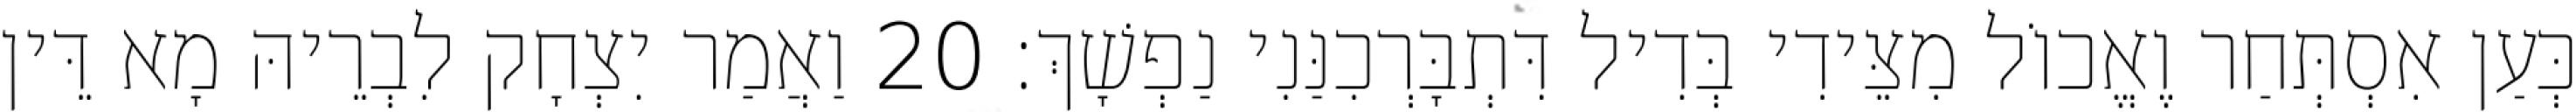
כְּעַן אִסְתְּחַר וֶאֱכוֹל מִצֵּידִי בְּדִיל דִּתְבָּרְכִנַּנִי נַפְשָׁךְ׃ 20 וַאֲמַר יִצְחָק לִבְרֵיהּ מָא דֵּין